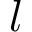
l